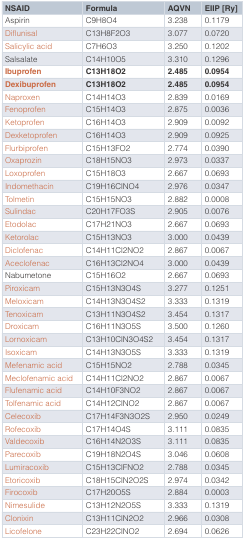
<table><thead><tr><td><b>NSAID</b></td><td><b>Formula</b></td><td><b>AQVN</b></td><td><b>EIIP [Ry]</b></td></tr></thead><tbody><tr><td>Aspirin</td><td>C9H8O4</td><td>3.238</td><td>0.1179</td></tr><tr><td>Diflunisal</td><td>C13H8F2O3</td><td>3.077</td><td>0.0720</td></tr><tr><td>Salicylic acid</td><td>C7H6O3</td><td>3.250</td><td>0.1202</td></tr><tr><td>Salsalate</td><td>C14H10O5</td><td>3.310</td><td>0.1296</td></tr><tr><td><b>Ibuprofen</b></td><td><b>C13H18O2</b></td><td><b>2.485</b></td><td><b>0.0954</b></td></tr><tr><td><b>Dexibuprofen</b></td><td><b>C13H18O2</b></td><td><b>2.485</b></td><td><b>0.0954</b></td></tr><tr><td>Naproxen</td><td>C14H14O3</td><td>2.839</td><td>0.0169</td></tr><tr><td>Fenoprofen</td><td>C15H14O3</td><td>2.875</td><td>0.0036</td></tr><tr><td>Ketoprofen</td><td>C16H14O3</td><td>2.909</td><td>0.0092</td></tr><tr><td>Dexketoprofen</td><td>C16H14O3</td><td>2.909</td><td>0.0925</td></tr><tr><td>Flurbiprofen</td><td>C15H13FO2</td><td>2.774</td><td>0.0390</td></tr><tr><td>Oxaprozin</td><td>C18H15NO3</td><td>2.973</td><td>0.0337</td></tr><tr><td>Loxoprofen</td><td>C15H18O3</td><td>2.667</td><td>0.0693</td></tr><tr><td>Indomethacin</td><td>C19H16ClNO4</td><td>2.976</td><td>0.0347</td></tr><tr><td>Tolmetin</td><td>C15H15NO3</td><td>2.882</td><td>0.0008</td></tr><tr><td>Sulindac</td><td>C20H17FO3S</td><td>2.905</td><td>0.0076</td></tr><tr><td>Etodolac</td><td>C17H21NO3</td><td>2.667</td><td>0.0693</td></tr><tr><td>Ketorolac</td><td>C15H13NO3</td><td>3.000</td><td>0.0439</td></tr><tr><td>Diclofenac</td><td>C14H11Cl2NO2</td><td>2.867</td><td>0.0067</td></tr><tr><td>Aceclofenac</td><td>C16H13Cl2NO4</td><td>3.000</td><td>0.0439</td></tr><tr><td>Nabumetone</td><td>C15H16O2</td><td>2.667</td><td>0.0693</td></tr><tr><td>Piroxicam</td><td>C15H13N3O4S</td><td>3.277</td><td>0.1251</td></tr><tr><td>Meloxicam</td><td>C14H13N3O4S2</td><td>3.333</td><td>0.1319</td></tr><tr><td>Tenoxicam</td><td>C13H11N3O4S2</td><td>3.454</td><td>0.1317</td></tr><tr><td>Droxicam</td><td>C16H11N3O5S</td><td>3.500</td><td>0.1260</td></tr><tr><td>Lornoxicam</td><td>C13H10ClN3O4S2</td><td>3.454</td><td>0.1317</td></tr><tr><td>Isoxicam</td><td>C14H13N3O5S</td><td>3.333</td><td>0.1319</td></tr><tr><td>Mefenamic acid</td><td>C15H15NO2</td><td>2.788</td><td>0.0345</td></tr><tr><td>Meclofenamic acid</td><td>C14H11Cl2NO2</td><td>2.867</td><td>0.0067</td></tr><tr><td>Flufenamic acid</td><td>C14H10F3NO2</td><td>2.867</td><td>0.0067</td></tr><tr><td>Tolfenamic acid</td><td>C14H12ClNO2</td><td>2.867</td><td>0.0067</td></tr><tr><td>Celecoxib</td><td>C17H14F3N3O2S</td><td>2.950</td><td>0.0249</td></tr><tr><td>Rofecoxib</td><td>C17H14O4S</td><td>3.111</td><td>0.0835</td></tr><tr><td>Valdecoxib</td><td>C16H14N2O3S</td><td>3.111</td><td>0.0835</td></tr><tr><td>Parecoxib</td><td>C19H18N2O4S</td><td>3.046</td><td>0.0608</td></tr><tr><td>Lumiracoxib</td><td>C15H13ClFNO2</td><td>2.788</td><td>0.0345</td></tr><tr><td>Etoricoxib</td><td>C18H15ClN2O2S</td><td>2.974</td><td>0.0342</td></tr><tr><td>Firocoxib</td><td>C17H20O5S</td><td>2.884</td><td>0.0003</td></tr><tr><td>Nimesulide</td><td>C13H12N2O5S</td><td>3.333</td><td>0.1319</td></tr><tr><td>Clonixin</td><td>C13H11ClN2O2</td><td>2.966</td><td>0.0308</td></tr><tr><td>Licofelone</td><td>C23H22ClNO2</td><td>2.694</td><td>0.0626</td></tr></tbody></table>